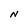
Character: N